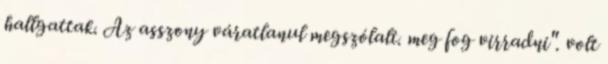
hallgattak. Az asszony váratlanul megszólalt. meg fog virradni". volt